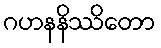
ဂဟနနိဿိတော